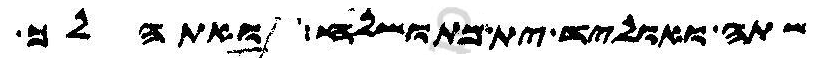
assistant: שתה ואוליד ית מתושלח ואתהלך